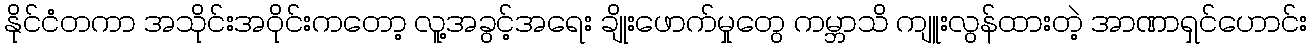
နိုင်ငံတကာ အသိုင်းအဝိုင်းကတော့ လူ့အခွင့်အရေး ချိုးဖောက်မှုတွေ ကမ္ဘာသိ ကျူးလွန်ထားတဲ့ အာဏာရှင်ဟောင်း